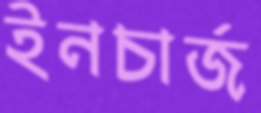
ইনচার্জ